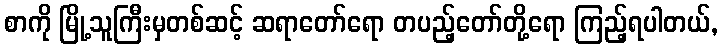
စာကို မြို့သူကြီးမှတစ်ဆင့် ဆရာတော်ရော တပည့်တော်တို့ရော ကြည့်ရပါတယ်,